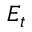
E _ { t }